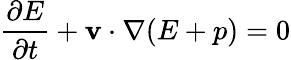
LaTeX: {\frac{\partial E}{\partial t}}+{\mathbf{v}}\cdot\nabla(E+p)=0